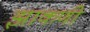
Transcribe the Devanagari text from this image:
झाकणी